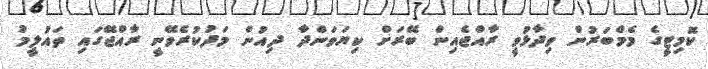
ކޮމިޓީގެ މެމްބަރުން ވިދާޅުވީ ރާއްޖެއިން ބޭރަށް ކިޔަވަންދާ ދިއުން މަދުކުރެވޭނީ ރާއްޖޭގައި ތައުލީމު